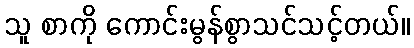
သူ စာကို ကောင်းမွန်စွာသင်သင့်တယ်။